Vital statistics of India. Vol. IV, Annual returns from 1871 to 1876. British Army of India, Native Army and jails of Bengal
Year: 1871
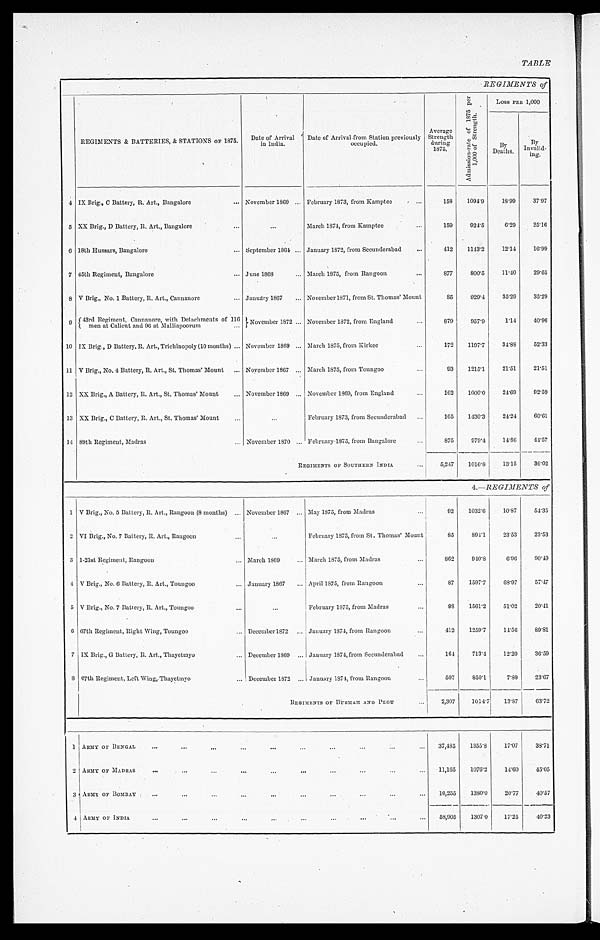
T A B L E
REGIMENTS of
REGIMENTS & BATTERIES, & STATIONS OF 1875. Date of Arrival in India. Date of Arrival from Station previously occupied.
Average
St r engt h dur i ng 1875.
A d m i s s i o n - r a t e o f 1 8 7 5 p e r 1 , 0 0 0 o f S t r e n g t h .
Loss PER 1,000
By
Deaths.
By
Invalid-
ing.
4 IX Brig., C Battery, R. Art., Bangalore
. . . November 1869 ... February 1873, from Kamptee
...
158 1094.9
18.99 37.97
5 XX Brig., D Battery, R. Art., Bangalore
...
. . .
M a r c h 1 8 7 4 , f r o m K a m p t e e
...
159
924.5
6.29 25.16
6 18th Hussars, Bangalore
... September 1864 . . . January 1872, from Secunderabad ...
412 1143.2
12.14 16.99
7 45th Regiment, Bangalore
... June 1868
... March 1875, from Rangoon
...
877
800.5
11.40 29.65
8 V Brig., No. 1 Battery, R. Art., Cannanore
... January 1867 ... November 1871, from St. Thomas' Mount
85 929.4
35.29 35.29
9 43rd Regiment, Cannanore, with Det
achments of 116 men at Calicut and 96 at Malliapoorum ... November 1872 ... November 1872, from England
...
879
957.9
1.14 40.96
10 IX Brig., D Battery, R. Art., Trichinopoly (10 months) ... November 1869 . . . March 1875, from Kirkee
...
172 1197.7
34.88 52.33
11 V Brig., No. 4 Battery, R. Art., St. Thomas' Mount ... November 1867 ... March 1875, from Toungoo
...
9 3 1215.1
21.51 21.51
12 XX Brig., A Battery, R. Art., St. Thomas' Mount ... November 1869 ... November 1869, from England
...
1 6 2 1000.0
24.69 92.59
13 XX Brig., C Battery, R. Art., St. Thomas' Mount ...
. . .
February 1873, from Secunderabad ...
165 1430.3
24.24 60.61
14 89th Regiment, Madras
... November 1870 ... Febrnary 1875, from Bangalore
...
8 7 5 979.4
14.86 44.57
REGIMENTS OF SOUTHERN INDIA
. . . 5,247 1016.8
13.15
36.02
4.—REGIMENTS of
1 V Brig., No. 5 Battery, R. Art., Rangoon (8 months) ... November 1867 ... May 1875, from Madras
. . .
92 1032.6 10.87
54.35
2 VI Brig., No. 7 Battery, R. Art., Rangoon
. . .
...
F e b r u a r y 1 8 7 5 , f r o m S t . T h o m a s ' M o u n t
85 894.1 23.53
23.53
3 1-21st Regiment, Rangoon
... March 1869
... March 1875, from Madras
...
862
940.8
6.96
90.49
4 V Brig., No. 6 Battery, R. Art., Toungoo
... January 1867 ... April 1875, from Rangoon
...
87 1597.7 68.97
57.47
5 V Brig., No. 7 Battery, R. Art., Toungoo
...
...
February 1875, from Madras
...
98 1561.2 51.02
20.41
6 67th Regiment, Right Wing, Toungoo
... December 1872 ... January 1874, from Rangoon
...
412 1259.7 14.56
89.81
7 IX Brig., G Battery, R. Art., Thayetmyo
... December 1869 ... January 1874, from Secunderabad ...
164 713.4 12.20
36.59
8 67th Regiment, Left Wing, Thayetmyo
... December 1872 ... January 1874, from Rangoon
...
507
850.1
7.89
23.67
REGIMENTS OF BURMAH AND PEGU
...
2,307 1014.7 13.87
63.72
1 ARMY OF BENGAL ...
...
...
. . .
...
...
...
...
...
... 37,485 1355.8 17.07
38.71
2 ARMY OF MADRAS ...
...
...
...
. . .
...
... ...
...
. . . 11,165 1076.2 14.60
45.05
3 ARMY OF BOMBAY ...
...
...
. . .
...
...
...
. . .
. . .
... 10,255 1380.0 20.77
40.57
4
ARMY OF INDIA
...
...
...
...
...
...
...
...
. . .
... 58,905 1307.0 17.25
40.23